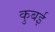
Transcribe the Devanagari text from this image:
कुबई